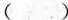
()